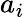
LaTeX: a_{i}